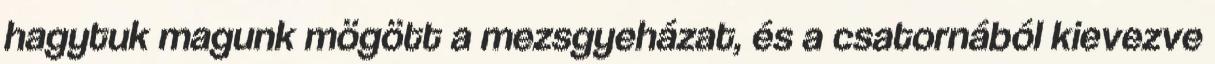
hagytuk magunk mögött a mezsgyeházat, és a csatornából kievezve